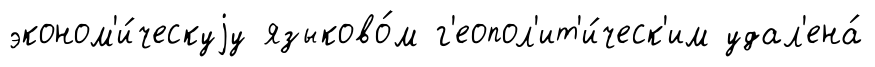
эконом'и́ческуjу языково́м г'еопол'ит'и́ческ'им удал'ена́